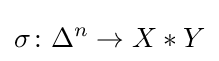
\sigma \colon \Delta ^{n}\rightarrow X*Y